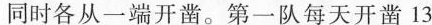
同时各从一端开凿。第一队每天开凿13